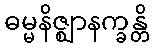
ဓမ္မနိဇ္ဈာနက္ခန္တိ